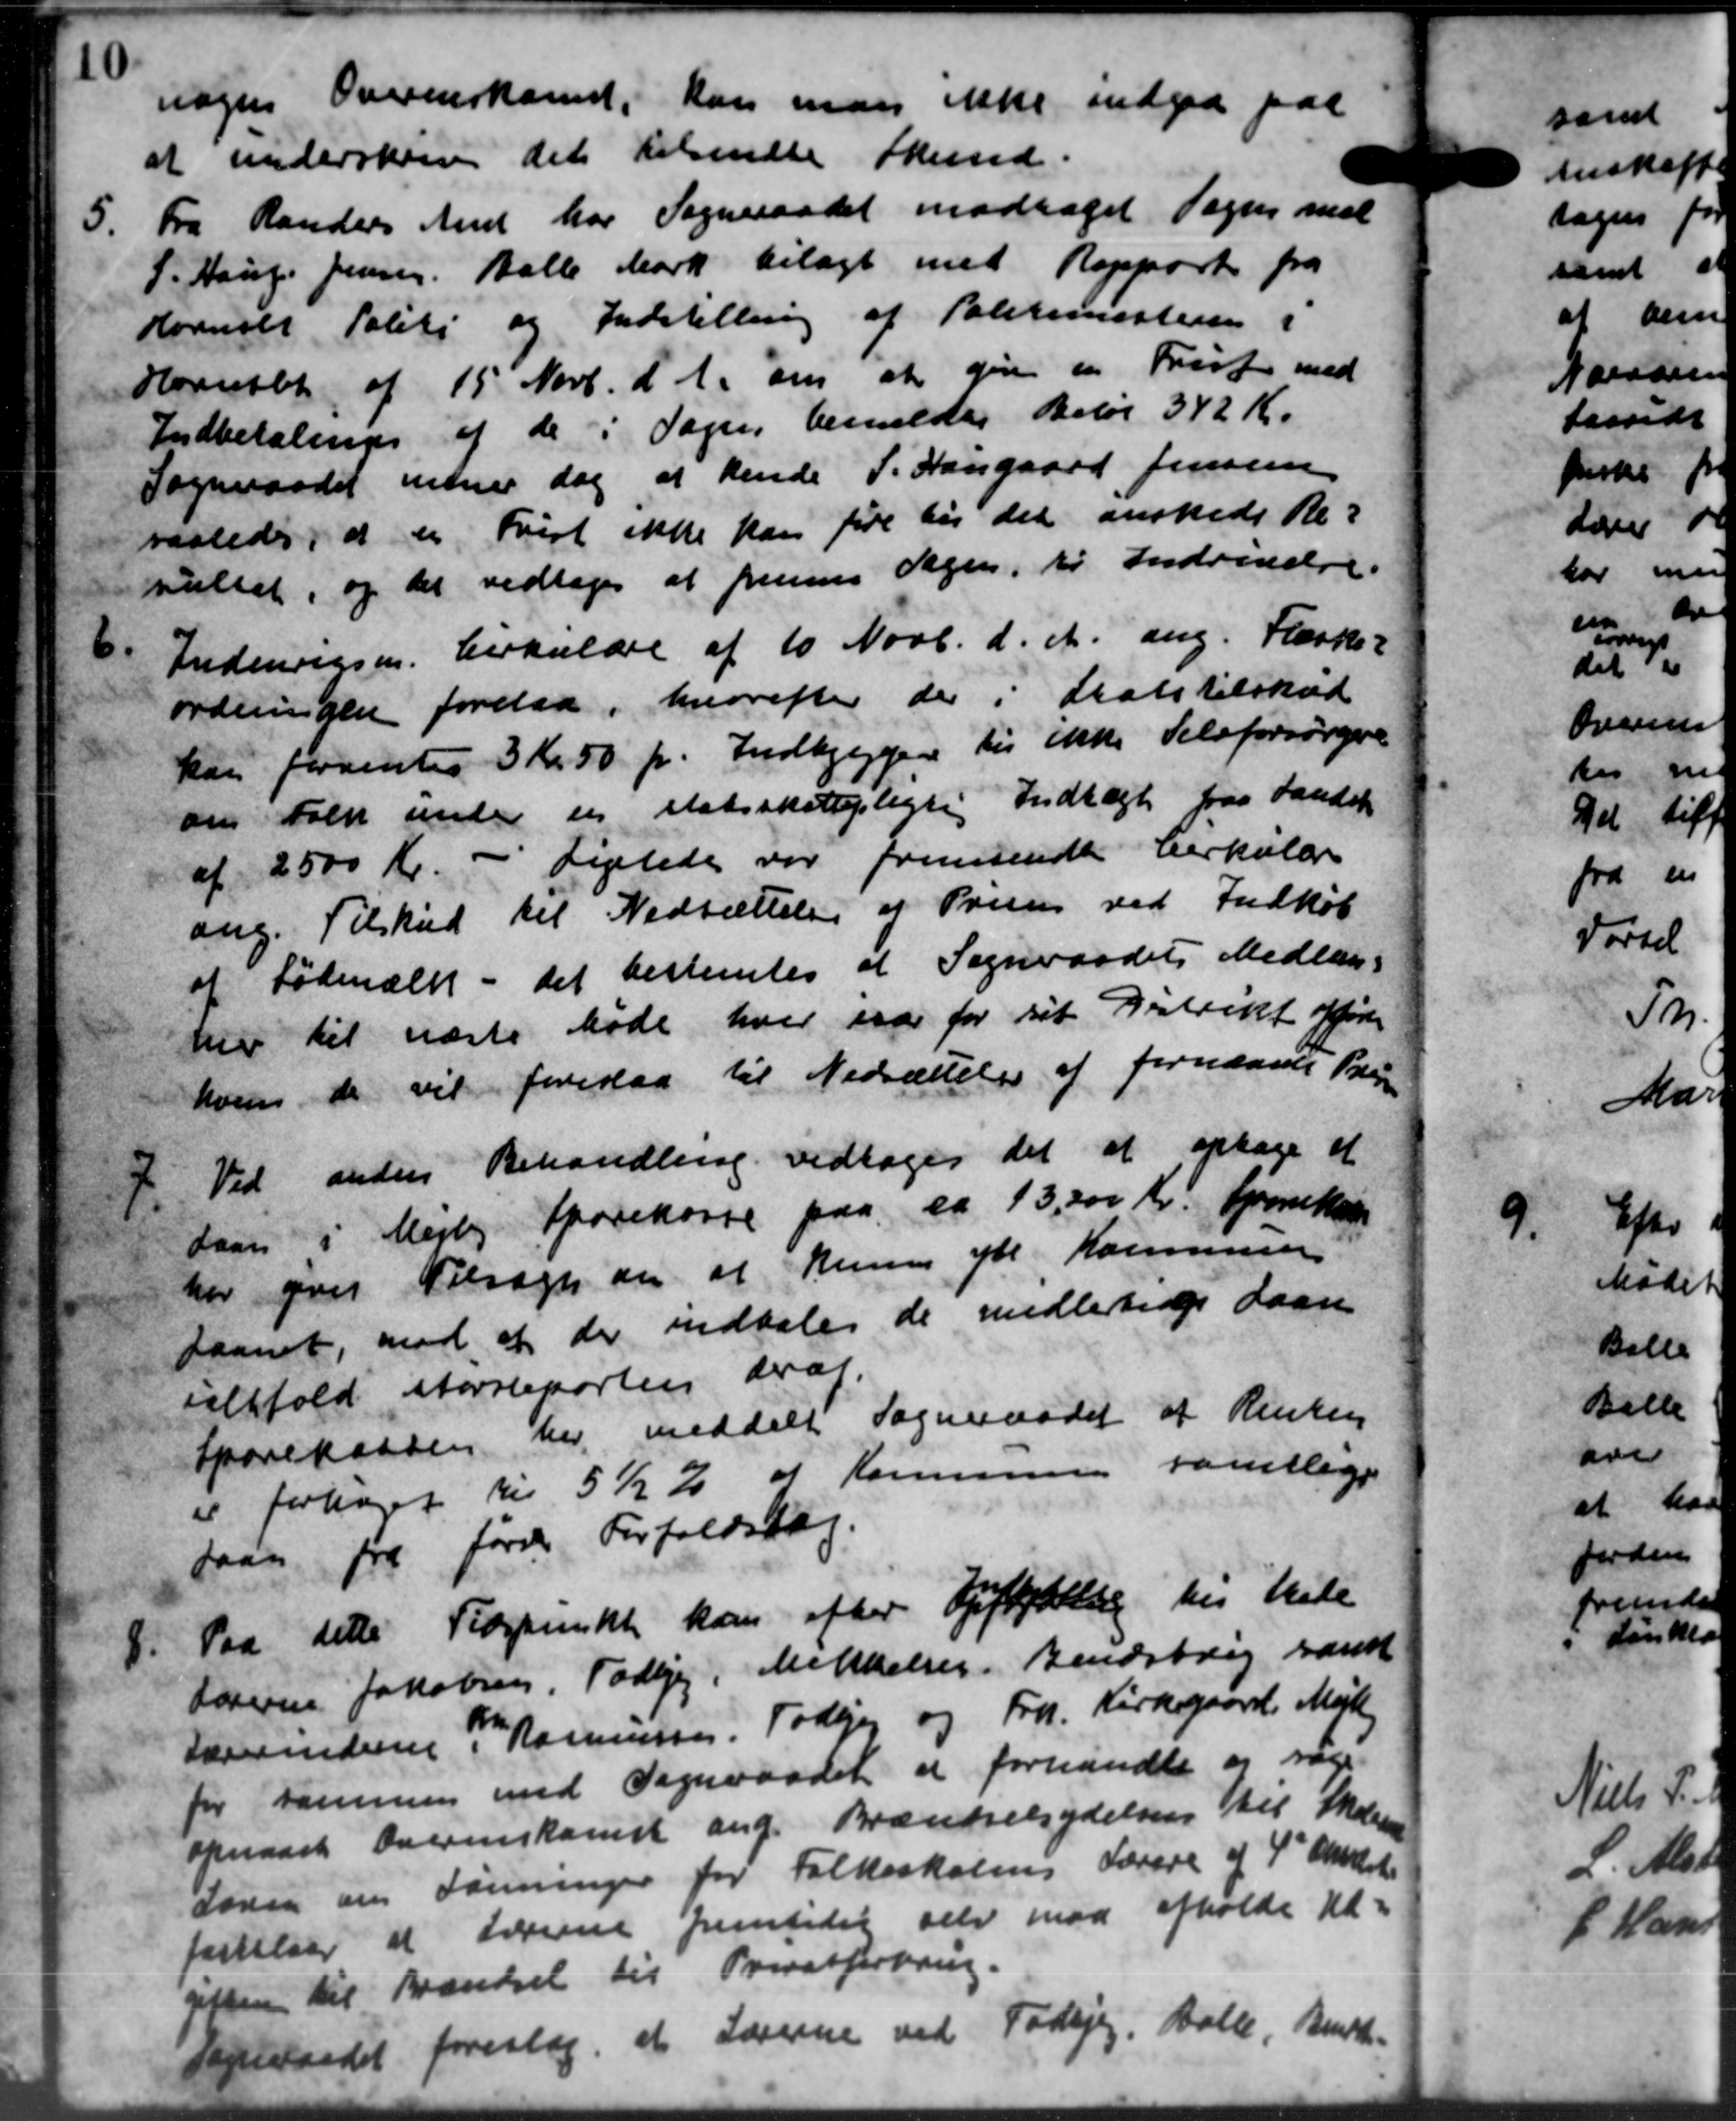
Transskription:
nogen Overenskomst, kan man ikke indgaa 2
at underskrive det tilsendte Skured.
5.
Fra Randers Amt har Sogneraadet modtaget Sagen mel
P. Hauge Jensen, Balle Mark bilagt med Rapport fra
Hornslet Politi og Indstilling af Politimesteren i
Hornslet af 15 Novb. d. A. om at give en Prister med
Indbetalinger af de i Sagen bemeldes Beløb 342 Kr.
Sogneraadet indner dog at hende P. Haugaard Jensen
saaledes, at en Frist ikke kan fire his det ønskede Re-
nullet, og det vedtoges at fremmes Sagen, til Indvendre.

Indenrigsm. Cirkulære af 10 Novb. d. A. ang. Flæske-
ordningen forelaa, hvorefter der i Statstilskud
kan forventes 3 Kr. 50 pr. Indbyggere til ikke Selvforsørgere
om Folk under en statsskattepligtig Indtægt paa Landsk
af 2500 Kr. - Ligelede var fremsendt Cirkulære
ang. Tilskud til Nedsættelse af Prisen ved Indkøb
af Fødmælk - det bestemtes at Sogneraadets Medlem-
nu til næste Møde hver saar for sit Distrikt føre
hvem de vil foreslaa til Nedsættelse af fornævnte Bev

Ved anden Behandling vedtoges det at optage et
Lam i Mejby Sparekasse paa ca 13,200 Kr. forekom
har gives Tilsagn om at kunne yde Kommunen
Laanet, mod at der indtale de midlertinge Laan
ialtfald størreporten draf.
Sparekassen her meddelt Sogneraadet at Renten
er forhøjet til 5½ % af Kommunen samtlige
daan fra forde Forfaldslag.
8. Paa dette Tidspunkt kan efter Opftydelse til Møde
8. Paa dette Tidspunkt kan efter Opftydelse til Møde
Lorenne Jakobsen Todbjerg, Mikkelser. Bendsborg samt
Lærerindersen J Rasmussen, Todbjerg og Frk. Kirkegaard, Mejlby
for sammen med Sogneraadet er forhandle og sage
opnaaet Overenskomst ang. Brændselsydelsen til Skolen
Søren om Foreninger for Folkeskolens Lærere af 4' Amtet.
forelaar at Lærerne fremtidig selv mod afholde Ud-
giften til Brændsel til Privatforbrug.
Sogneraadet foreslog et Lærerne ved Todbjerg, Balle, Bendt-